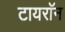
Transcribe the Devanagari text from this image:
टायराॅन